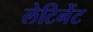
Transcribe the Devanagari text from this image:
लेटिनेंट